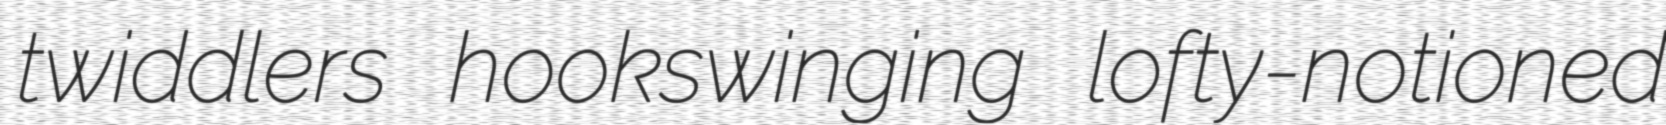
twiddlers hookswinging lofty-notioned